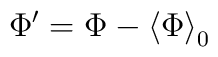
\Phi^\prime = \Phi - \left\langle\Phi\right\rangle_{0}